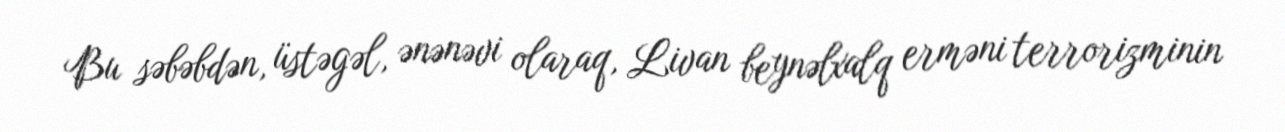
Bu səbəbdən, üstəgəl, ənənəvi olaraq, Livan beynəlxalq erməni terrorizminin